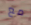
مع